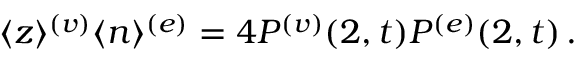
\begin{array} { r } { \langle z \rangle ^ { ( v ) } \langle n \rangle ^ { ( e ) } = 4 P ^ { ( v ) } ( 2 , t ) P ^ { ( e ) } ( 2 , t ) \, . } \end{array}